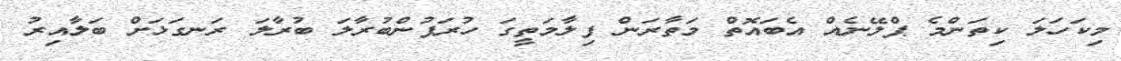
މިކަހަލަ ކިތަންމެ ޕްލޭނެއް އެބައޮތް މަތާރަން ފިލާމަތީގަ ހުރަފުންބުރާލަ ބުރާލަ ރަނގަޅަށް ބަލާއިރު